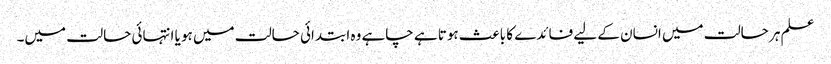
علم ہر حالت میں انسان کے لیے فائدے کا باعث ہوتا ہے چاہے وہ ابتدائی حالت میں ہو یا انتہائی حالت میں۔